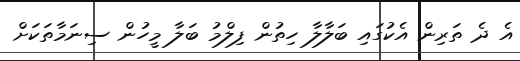
އެ ދެ ތަރިން އެކުގައި ބަލާލާ ހިތުން ފިލްމު ބަލާ މީހުން ސިނަމާތަކަށް